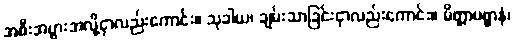
အစီးအပွားအလို့ငှာလည်းကောင်း။ သုခါယ၊ ချမ်းသာခြင်းငှာလည်းကောင်း။ မိတ္တာပစ္စာနံ၊